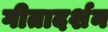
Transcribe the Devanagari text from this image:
गीतादर्शन